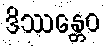
ဒိဿန္တေဝ